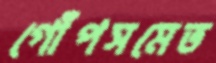
গোঁপসমেত